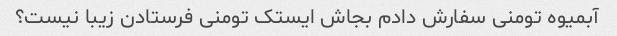
آبمیوه تومنی سفارش دادم بجاش ایستک تومنی فرستادن زیبا نیست؟